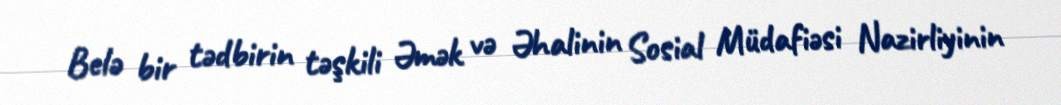
Belə bir tədbirin təşkili Əmək və Əhalinin Sosial Müdafiəsi Nazirliyinin